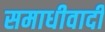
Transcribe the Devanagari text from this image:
समाधीवादी